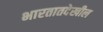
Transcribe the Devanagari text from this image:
भारतातदेखील